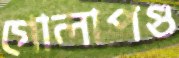
গোলাপগু